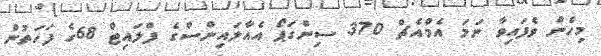
މިހެން ވެފައިވާ ނަމަ އެމްއެޗް 370 ސިންގަޕޯ އެއާލައިންސްގެ ފްލައިޓް 68ގެ ފަހަތުން